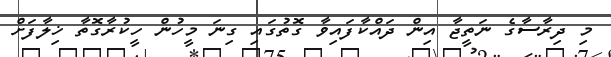
މި ދިރާސާގެ ނަތީޖާ އިން ދައްކާފައިވާ ގޮތުގައި ގިނަ މީހުން ހީކުރާގޮތާ ޚިލާފަށް